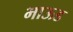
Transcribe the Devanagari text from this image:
भाऊड